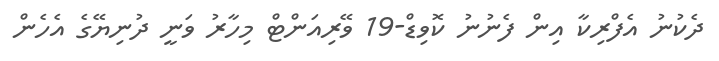
ދެކުނު އެފްރިކާ އިން ފެނުނު ކޮވިޑް-19 ވޭރިއަންޓް މިހާރު ވަނީ ދުނިޔޭގެ އެހެން